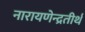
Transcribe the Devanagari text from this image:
नारायणेन्द्रतीर्थ